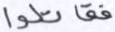
فقاتلوا